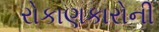
રોકાણકારોની